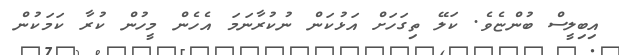
އިބިލީސް ބުންޏެވެ. ކަލޭ ތިގަހަށް އަޅުކަން ނުކުރާނަމަ އެހެން މީހުން ކުރާ ކަމަކުން